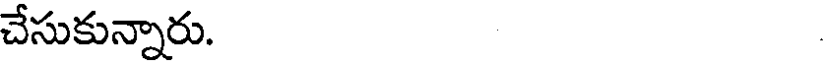
చేసుకున్నారు.